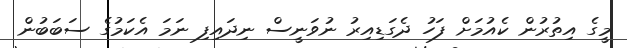
މީގެ އިތުރުން ކެއުމަށް ފަހު ދެގަޑިއިރު ނުވަނީސް ނިދައިފި ނަމަ އެކަމުގެ ސަބަބުން